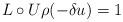
LaTeX: \begin{align*}L\circ U\rho(-\delta u)=1\end{align*}